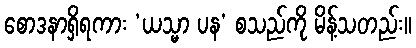
စောဒနာရှိရကား ‘ယသ္မာ ပန’ စသည်ကို မိန့်သတည်း။